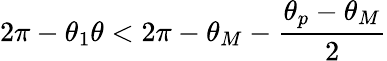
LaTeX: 2\pi-\theta_{1}\le\theta<2\pi-\theta_{M}-\frac{\theta_{p}-\theta_{M}}{2}